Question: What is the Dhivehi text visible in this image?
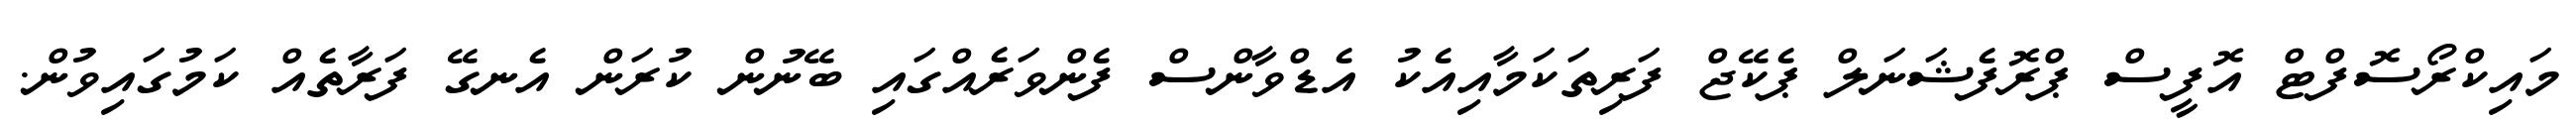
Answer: މައިކްރޯސޮފްޓް އޮފީސް ޕްރޮފެޝަނަލް ޕެކޭޖް ފަރިތަކަމާއިއެކު އެޑްވާންސް ފެންވަރެއްގައި ބޭނުން ކުރަން އެނގޭ ފަރާތެއް ކަމުގައިވުން.